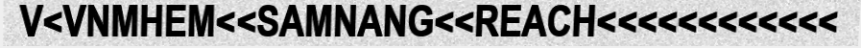
V<VNMHEM<<SAMNANG<<REACH<<<<<<<<<<<<